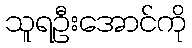
သူရဦးအောင်ကို